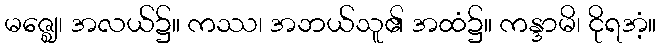
မဇ္ဈေ၊ အလယ်၌။ ကဿ၊ အဘယ်သူ၏ အထံ၌။ ကန္ဒာမိ၊ ငိုရအံ့။